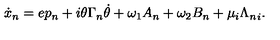
\dot { x } _ { n } = e p _ { n } + i \theta \Gamma _ { n } \dot { \theta } + \omega _ { 1 } A _ { n } + \omega _ { 2 } B _ { n } + \mu _ { i } { \Lambda _ { n } } _ { i } .